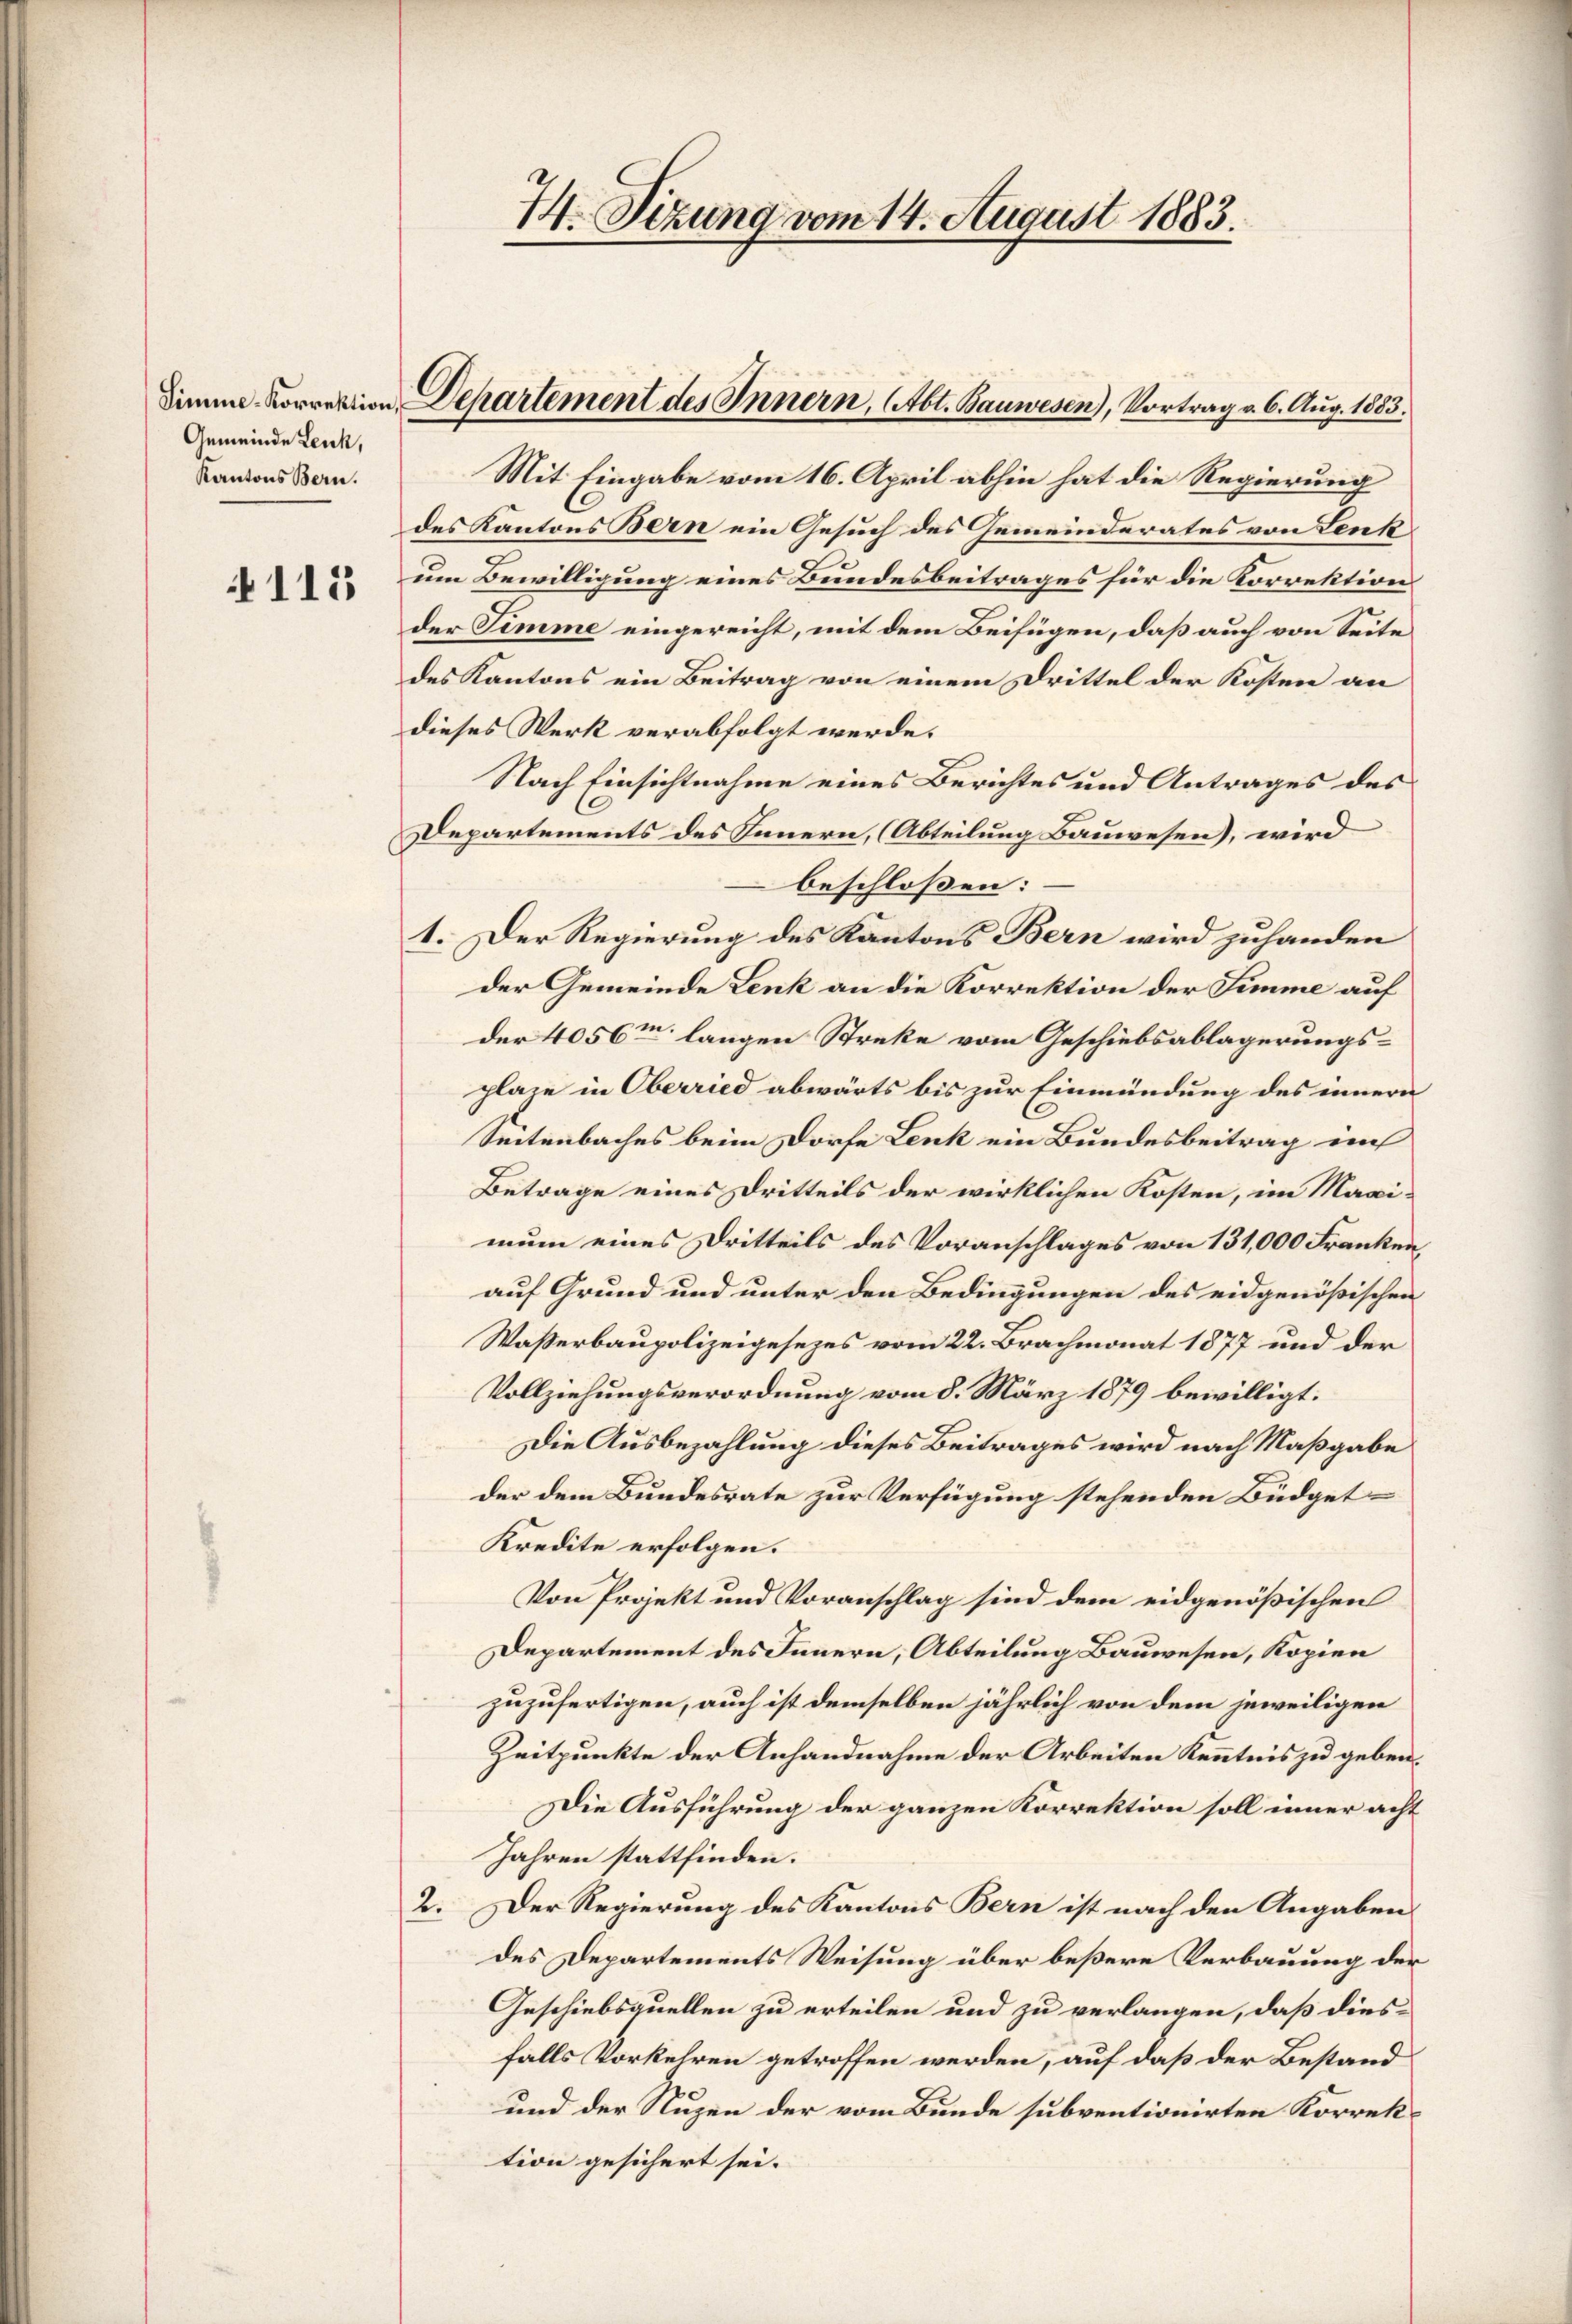
Simme-Korrektion
Gemeinde Leuk,
Kantons Bern.

115

14. Sitzung vom 14. August 1883.

Departement des Innern, Abt. Bauwesen), Vortrag v. 6. Aug. 1883.

Mit Eingabe vom 16. April abhin hat die Regierung
des Kantons Bern ein Gesuch des Gemeinderates von Lenk
um Bewilligung eines Bundesbeitrages für die Korrektion
der Simme eingereicht, mit dem Beifügen, daß auch von Seite
des Kantons ein Beitrag von einem Drittel der Kosten an
dieses Werk verabfolgt werde.
Nach Einsichtnahme eines Berichtes und Antrages des
Departements des Innern, (Abteilung Bauwesen), wird
beschloßen:
1. Der Regierung des Kantons Bern wird zuhanden
der Gemeinde Lenk an die Korrektion der Simme auf
der 4056m langen Streke vom Geschiebsablagerungsplaze in Oberried abwärts bis zur Einmündung des innern
Seitenbaches beim Dorfe Lenk ein Bundesbeitrag auf
Betrage eines Dritteils der wirklichen Kosten, im Magimum eines Dritteils des Voranschlages von 131,000 Franken,
auf Grund und unter den Bedingungen des eidgenößischen
Wasserbaupolizeigesezes vom 22. Brachmonat 1877 und der
Vollziehungsverordnung vom 8. März 1879 bewilligt:
Die Ausbezahlung dieses Beitrages wird nach Maßgabe
der dem Bundesrate zur Verfügung stehenden Büdget¬
Kredite erfolgen.
Von Projekt und Voranschlag sind dem eidgenößischen
Departement des Innern, Abteilung Bauwesen, Kopien
zuzufertigen, auch ist demselben jährlich von dem jeweiligen
Zeitpunkte der Anhandnahme der Arbeiten Kenntnis zu geben.
Die Ausführung der ganzen Korrektion soll inner acht
Jahren stattfinden.
2. Der Regierung des Kantons Bern ist nach den Angaben
des Departements Weisung über beßere Verbauung der
Geschiebsquellen zu erteilen und zu verlangen, daß diesfalls Vorkehren getroffen werden, auf daß der Bestand
und der Nuzen der vom Bunde subventionirten Korrektion gesichert sei.